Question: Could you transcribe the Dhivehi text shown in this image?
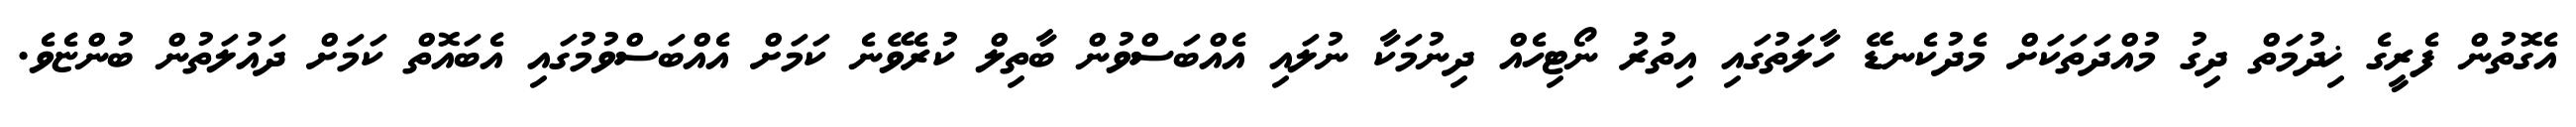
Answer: އެގޮތުން ފެރީގެ ޚިދުމަތް ދިގު މުއްދަތަކަށް މެދުކެނޑޭ ހާލަތުގައި އިތުރު ނޯޓިހެއް ދިނުމަކާ ނުލައި އެއްބަސްވުން ބާތިލް ކުރެވޭނެ ކަމަށް އެއްބަސްވުމުގައި އެބައޮތް ކަމަށް ދައުލަތުން ބުންޏެވެ.